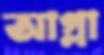
আগ্‌লা